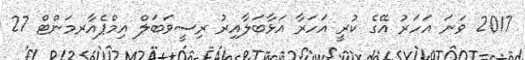
2017 ވަނަ އަަހަރު އޭގެ ކުރީ އަހަރާ އަޅާބަލާއިރު ރިސީވަބަލް އިމްޕެއާރމަންޓް 27